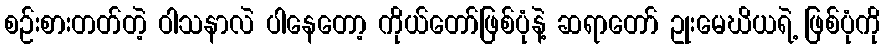
စဉ်းစားတတ်တဲ့ ဝါသနာလဲ ပါနေတော့ ကိုယ်တော်ဖြစ်ပုံနဲ့ ဆရာတော် ဥုးမေဃိယရဲ့ ဖြစ်ပုံကို